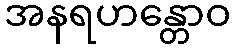
အနရဟန္တောဝ